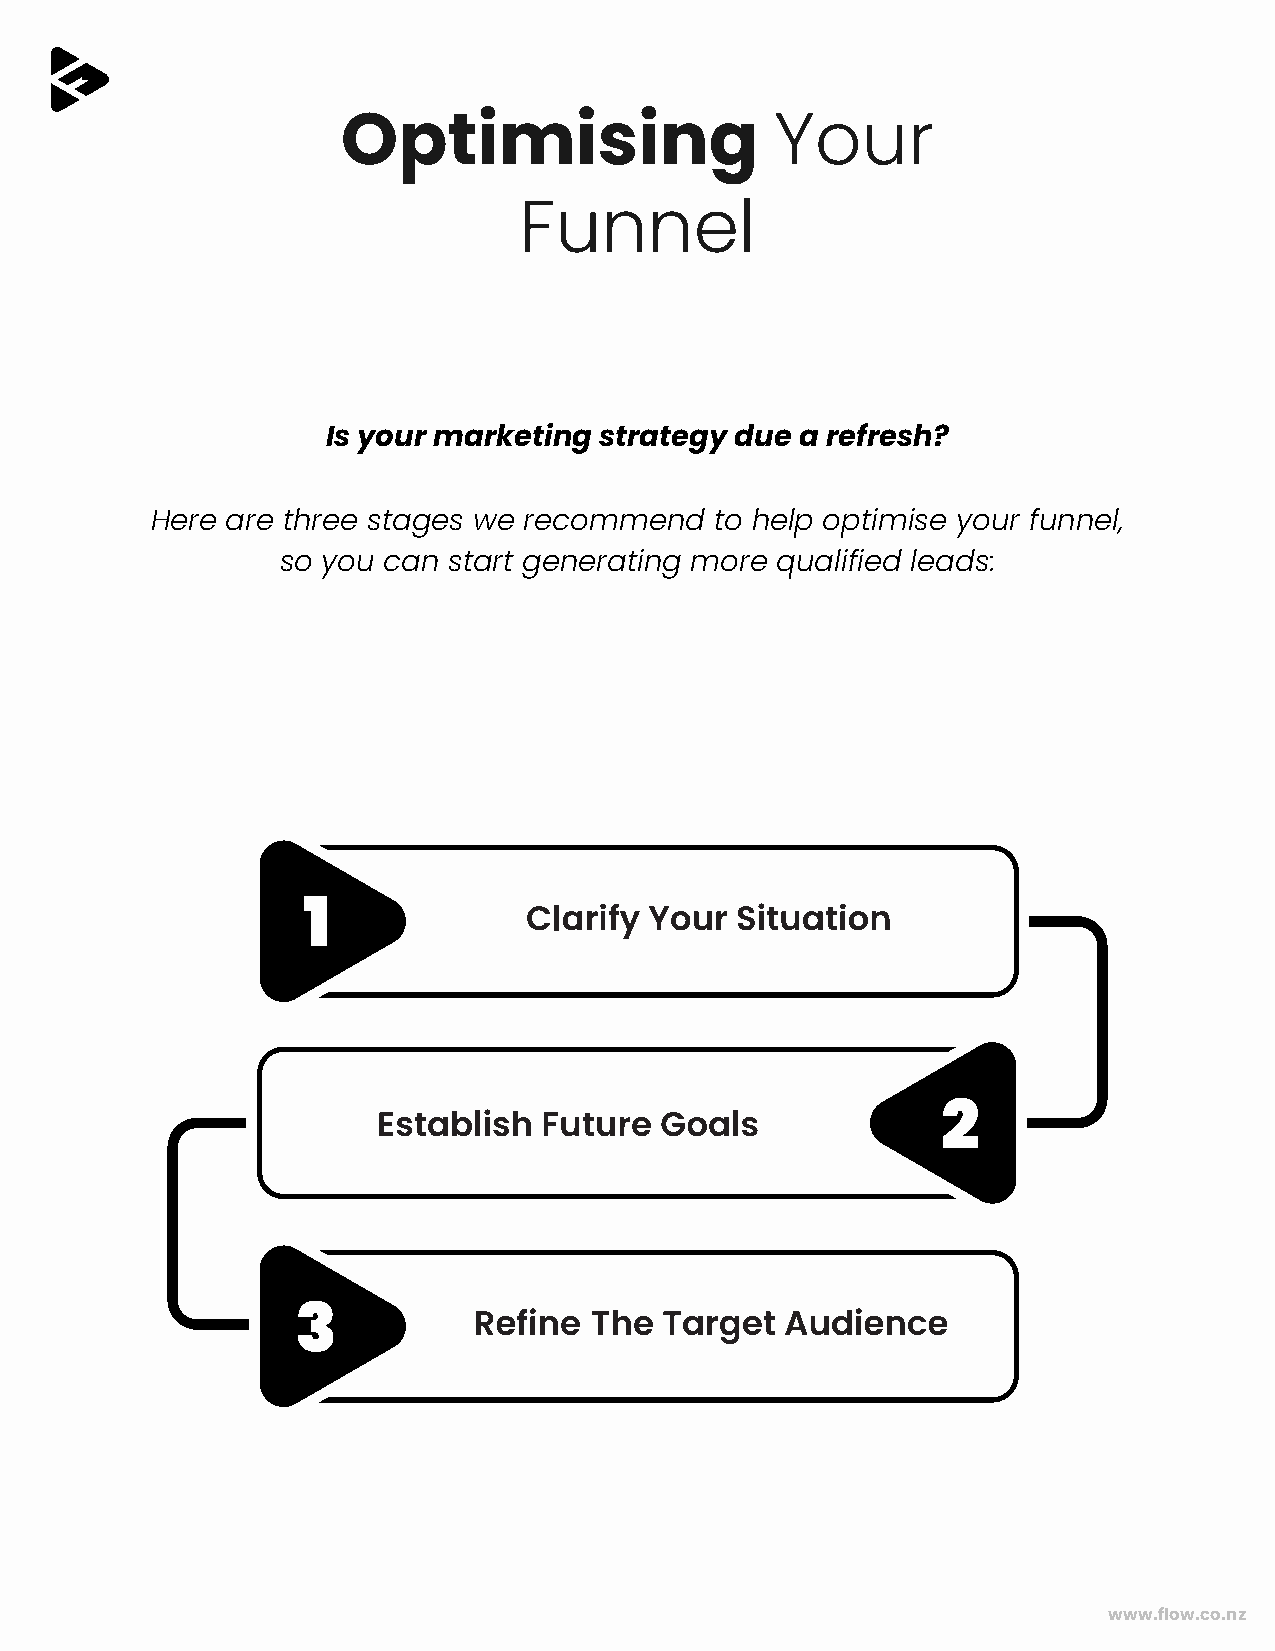
Optimising                  Your
 Funnel
 Is your marketing strategy due a refresh?
 Here are three stages we recommend   to help optimise your funnel,
 so you can start generating more qualified leads:
 www.flow.co.nz